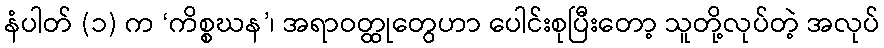
နံပါတ် (၁) က ‘ကိစ္စဃန’၊ အရာဝတ္ထုတွေဟာ ပေါင်းစုပြီးတော့ သူတို့လုပ်တဲ့ အလုပ်